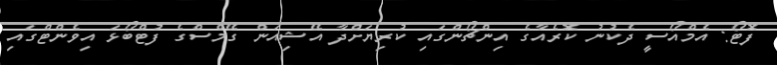
ފޮޓޯ: އެމްއޯސީ ދެކުނު ކޮރެއާގެ އިންޗޯންގައި ކުރިޔަށްދާ އޭޝިއަން ގޭމްސްގެ ފުޓްބޯޅަ އިވެންޓްގައި